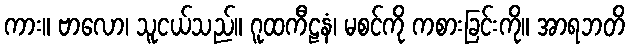
ကား။ ဗာလော၊ သူငယ်သည်။ ဂူထကီဠနံ၊ မစင်ကို ကစားခြင်းကို။ အာရဘတိ